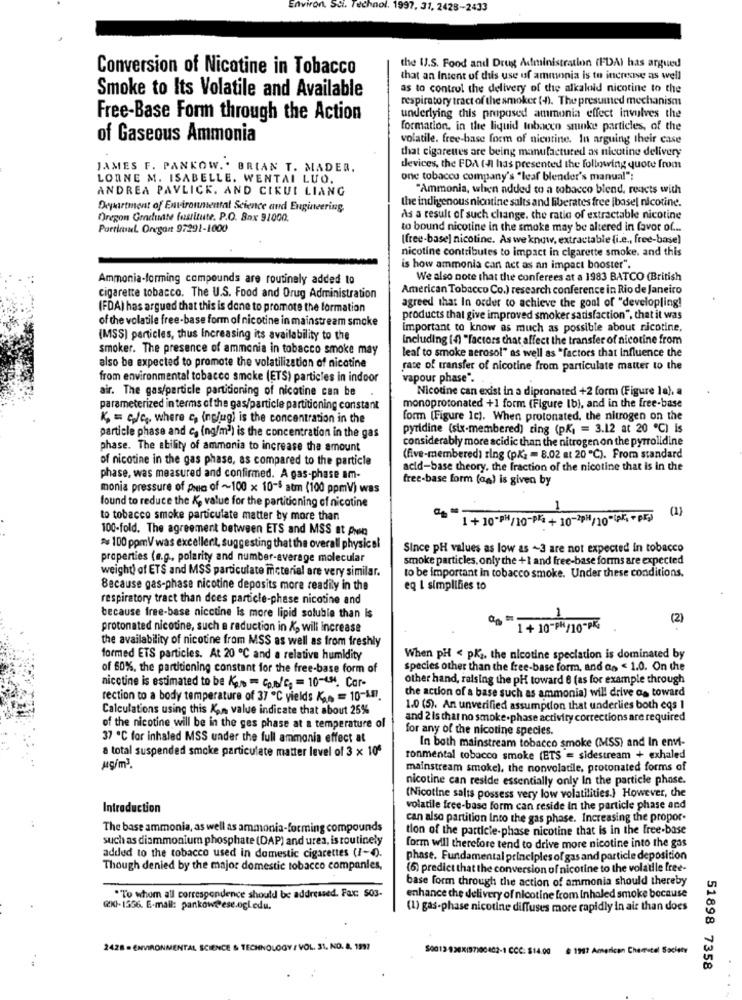
Environ, Sci. Technol. 1997, 31, 2428-2433
Conversion of Nicotine in Tobacco
the IJ.S. Food and Drug Administration (FDA) has argued
that an Intent of dus use of ammonia is to increase as well
Smoke to Its Volatile and Available
as to control the delivery of the alkaloid nicotine to the
respiratory tract of the smoker (4). The presumed mechanism
Free-Base Form through the Action
underlying this proposed ammonia effect involves the
formation, in the liquid tobacco sminke particles, of the
of Gaseous Ammonia
volatile. free-base form of nicotine. In arguing their case
that cigarettes are being manufactured as nicotine delivery
JAMES F. PANKOW .. BRIAN T. MADEA.
devices, the FDA (-A has presented the following quote from
LORNE M. ISABELLE. WENTAI LUO.
one tobacco company's "leaf blender's manual":
ANDREA PAVLICK. AND CIRUI LIANG
"Ammonia, when added to a tobacco blend, reacts with
the indigenous niontine salts and Riberates free ibasel nicotine.
Department of Environmental Science and Engineering
Oregon Graduate fustitute. P.O. Box 91000.
As a result of such change. the ratio of extractable nicotine
Particul Oregon 97291-1000
to bound nicotine in the smoke may be altered in favor of ...
[free-base] nicotine. As we know, extractable (i.e ., free-base)
nicotine contributes to impact in cigarette smoke. and this
is how ammonia can act as an impact booster".
Ammonia-forming compounds are routinely added to
We also note that the conferees at a 1983 BATCO (British
American Tobacco Co.) research conference in Rio de Janeiro
cigarette tobacco. The U.S. Food and Drug Administration
(FDA) has argued that this is done to promote the formation
agreed that In order to achieve the goal of "developling!
of the volatile free-base form of nicotine in mainstream smoke
products that give improved smoker satisfaction", that it was
Important to know as much as possible about nicotine,
(MSS) particles, thus Increasing its availability to the
Including (4) "factors that affect the transfer of nicotine from
smoker. The presence of ammonia in tobacco smoke may
leaf to smoke aerosol" as well as "factors that Influence the
also be expected to promote the volatilization of nicotine
race of transfer of nicotine from particulate matter to the
from environmental tobacco smoke (ETS) particles in indoor
vapour phase".
air. The gas/particle partitioning of nicotine can be
Nicotine can exist in a dipronated +2 form (Figure la), a
parameterized in terms of the gas/particle partitioning constant
monoprotonated +1 form (Figure Ib), and in the free-base
K = c/c, where c, inclug) is the concentration in the
form (Figure 1c). When protonated, the nitrogen on the
particle phase and c. (ng/m2) is the concentration in the gas
pyridine (six-membered) ring (pK1 = 3.12 at 20 ℃) is
considerably more acidic than the nitrogen on the pyrrolidine
phase. The ability of ammonia to increase the amount
of nicotine in the gas phase, as compared to the particle
(five-membered) ring (p/2 = 8.02 at 20℃). From standard
acid-base theory, the fraction of the nicotine that is in the
phase, was measured and confirmed. A gas-phase am-
free-base form (aa) is given by
monia pressure of pwc of ~100 x 10-5 atm (100 ppmV) was
found to reduce the K, value for the partitioning of nicotine
to tobacco smoke particulate matter by more than
1+10"M/10-P(+ 10-2p=/10"(A +p=]] (1)
100-fold. The agreement between ETS and MSS at pwsg
# 100 ppmV was excellent, suggesting that the overall physical
Since pH values as low as ~3 are not expected in tobacco
properties (e.g ., polarity and number-average molecular
smoke particles, only the +1 and free-base forms are expected
weight of ETS and MSS particulate icteriel are very similar.
to be important in tobacco smoke. Under these conditions.
Because gas-phase nicotine deposits more readily in the
eq I simplifies to
respiratory tract than does particle-phase nicotine and
because free-base nicotine is more lipid soluble than Is
1
(2)
protonated nicotine, such a reduction in K, will increase
1+ 10-PM/10-PK
the availability of nicotine from MSS as well as from freshly
formed ETS particles. At 20 ℃ and a relative humidity
When pH < pKi. the nicotine speciation is dominated by
of 60%, the partitioning constant for the free-base form of
species other than the free-base form, and a> < 1.0. On the
other hand, raising the pH toward 8 (as for example through
nicotine is estimated to be Kg.0 = Con/c = 10-Cx, Car-
rection to a body temperature of 37 ℃ yields 6 = 10-LB.
the action of a base such as ammonia) will drive as toward
Calculations using this Kon value indicate that about 25%
1.0 (5). An unverified assumption that underlies both eqs 1
and 2 is that no smoke. phase activity corrections are required
of the nicotine will be in the ges phase at a temperature of
for any of the nicotine species.
37 ℃ for inhaled MSS under the full ammonia effect at
a total suspended smoke particulate matter level of 3 x 10º
In both mainstream tobacco smoke (MSS) and In envi-
ronmental tobacco smoke (ETS = sidestream + exhaled
mainstream smoke), the nonvolatile, protonated forms of
nicotine can reside essentially only In the particle phase.
(Nicotine salts possess very low volatilities.) However, the
Introduction
volatile free-base form can reside In the particle phase and
can also partition Into the gas phase. Increasing the propor.
The base ammonia, as well as ammonia-forming compounds
tion of the particle-phase nicotine that is in the free-base
such as diammonium phosphate (DAP) and urea, is routinely
form will therefore tend to drive more nicotine into the gas
added to the tobacco used in domestic cigarettes (1-4).
phase. Fundamental principles of gas and particle deposition
Though denied by the major domestic tobacco companies,
(6) predict that the conversion of nicotine to the volaille free-
base form through the action of ammonia should thereby
*To whom all correspondence should be addressed. Fax: 503-
enhance the delivery of nicotine from Inhaled smoke bocause
(XI-1556. E-mail: pankow@ese.ogl.edu.
(1) gas-phase nicotine diffuses more rapidly in ais than does
MENTAL SCIENCE & TECHNOLOGY / VOL. 31, NO. 4. 1997
$0013 920X197100402-1 CCC: $14.00
@ 1907 American Chemical Society
51898 7358